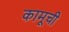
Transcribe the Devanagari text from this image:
कामूची